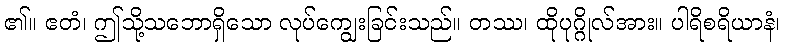
၏။ ဧတံ၊ ဤသို့သဘောရှိသော လုပ်ကျွေးခြင်းသည်။ တဿ၊ ထိုပုဂ္ဂိုလ်အား။ ပါရိစရိယာနံ၊